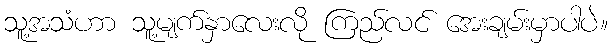
သူ့အသံဟာ သူ့မျက်နှာလေးလို ကြည်လင် အေးချမ်းမှာပါပဲ။